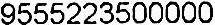
9555223500000